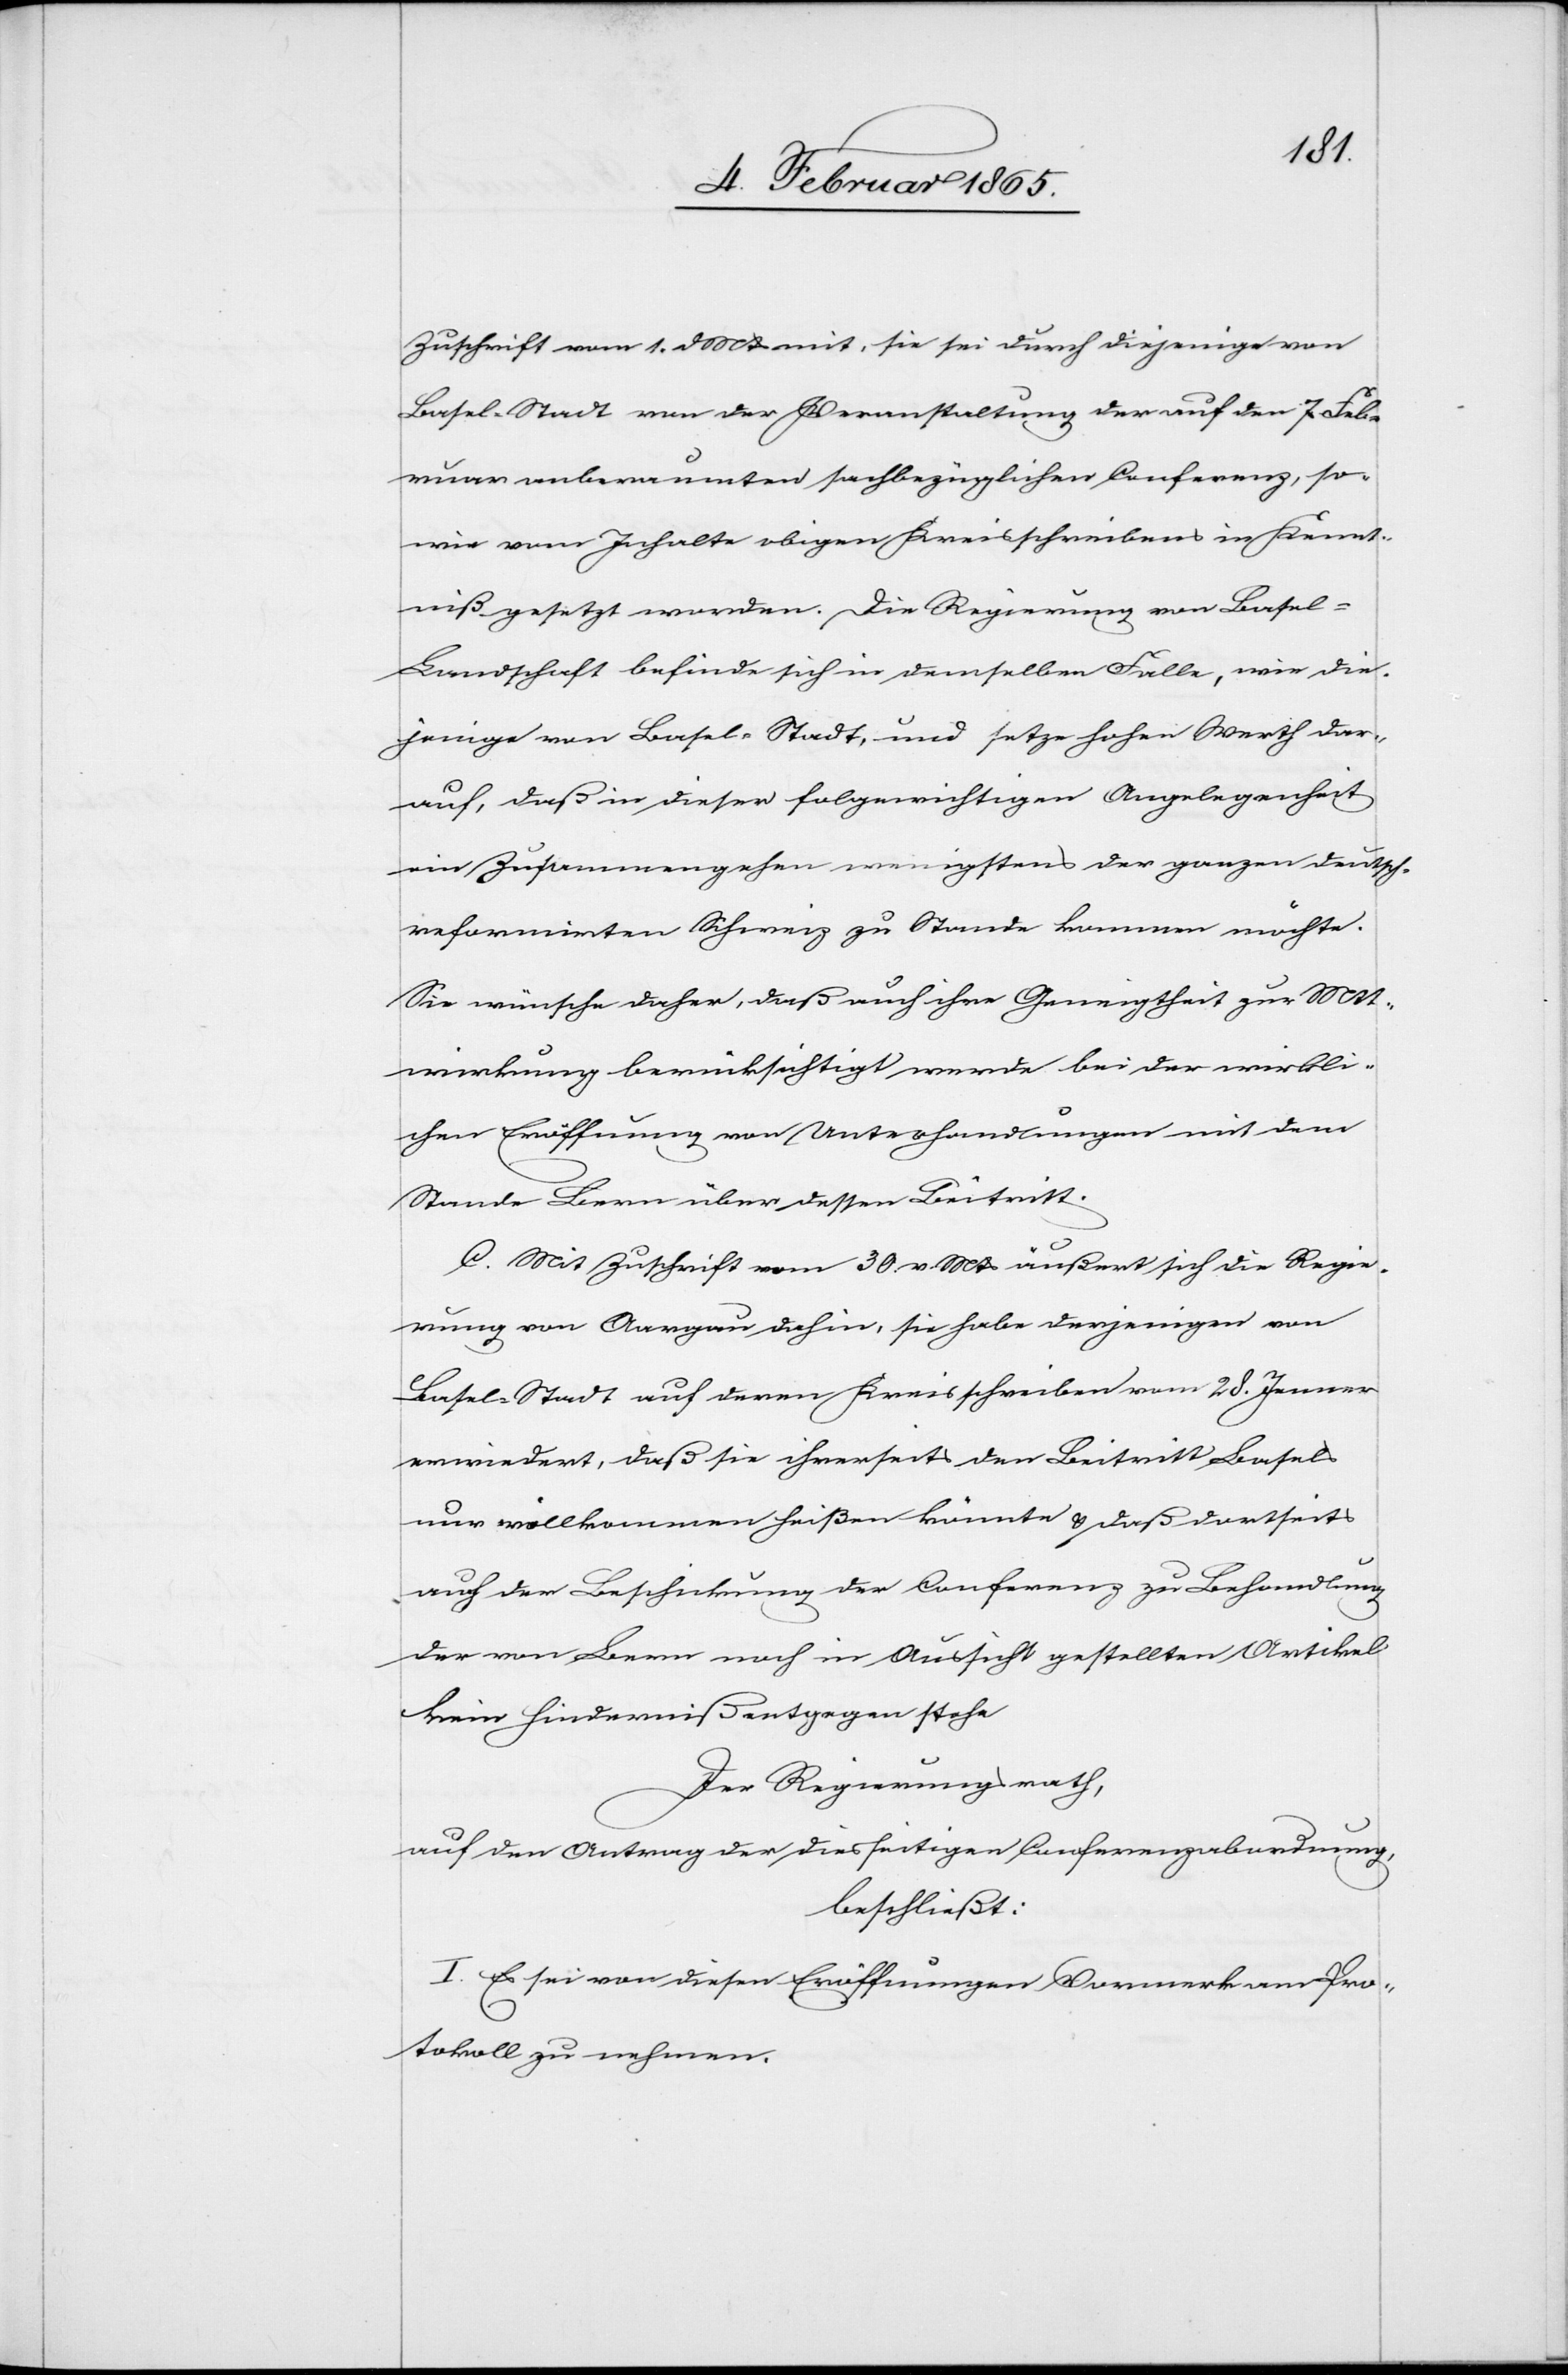
Zuschrift vom 1. Mai mit, sie sei durch diejenige von
Basel-Stadt von der Veranstaltung der auf den 7. Feb¬
ruar anberaumten sachbezüglichen Conferenz, so¬
wie vom Inhalte obigen Kreisschreibens in Kennt¬
niß gesetzt worden. Die Regierung von Basel-L¬
andschaft befinde sich in demselben Falle, wie die¬
jenige von Basel-Stadt, und setze hohen Werth dar¬
auf, daß in dieser folgerichtigen Angelegenheit
ein Zusammengehen wenigstens der ganzen deutsch-r¬
eformirten Schweiz zu Stande kommen möchte.
Sie wünsche daher, daß auch ihre Geneigtheit zur Mit¬
wirkung berücksichtigt werde bei der wirkli¬
chen Eröffnung von Unterhandlungen mit dem
Stande Bern über dessen Beitritt.
C. Mit Zuschrift vom 30 v. Mts äußert sich die Regie¬
rung von Aargau dahin, sie habe derjenigen von
Basel-Stadt auf deren Kreisschreiben vom 28. Jenner
erwiedert, daß sie ihrerseits den Beitritt Basels
nur willkommen heißen könnte u. daß dortseits
auch der Beschickung der Conferenz zu Behandlung
der von Bern noch in Aussicht gestellten Artickel
kein Hinderniß entgegen stehe
Der Regierungsrath,
auf den Antrag der diesseitigen Conferenzabordnung,
beschließt:
I. Es sei von diesen Eröffnungen Vormerk am Pro¬
tokoll zu nehmen.